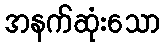
အနက်ဆုံးသော